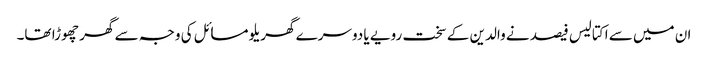
ان میں سے اکتالیس فیصد نے والدین کے سخت رویے یا دوسرے گھریلو مسائل کی وجہ سے گھر چھوڑا تھا۔